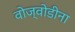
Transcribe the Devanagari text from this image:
वोज्वोडीना